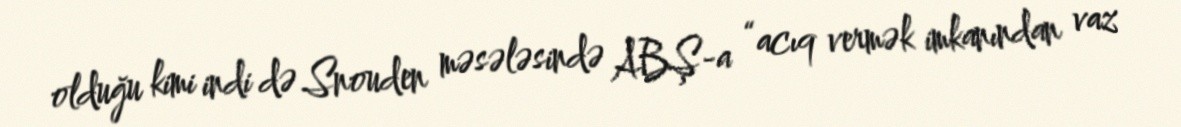
olduğu kimi indi də Snouden məsələsində ABŞ-a “acıq vermək imkanından vaz